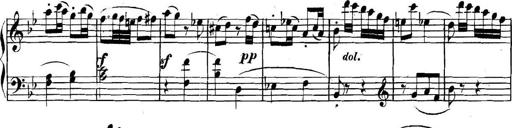
Title: Collected Piano Sonatas
Composer: Muzio Clementi